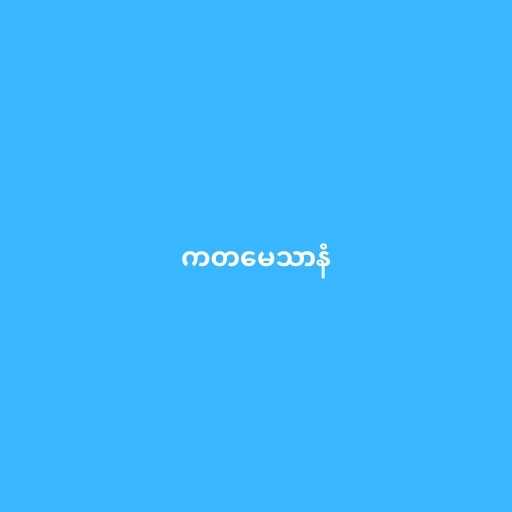
ကတမေသာနံ